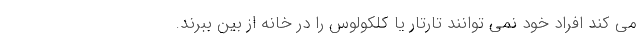
می کند افراد خود نمی توانند تارتار یا کلکولوس را در خانه از بین ببرند.